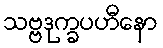
သဗ္ဗဒုက္ခပဟီနော